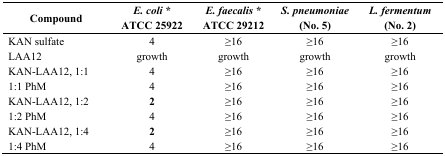
<table><thead><tr><td><b>Compound</b></td><td><b><i>E. coli</i> *ATCC 25922</b></td><td><b><i>E. faecalis</i> *ATCC 29212</b></td><td><b><i>S. pneumoniae</i>(No. 5)</b></td><td><b><i>L. fermentum</i>(No. 2)</b></td></tr></thead><tbody><tr><td>KAN sulfate</td><td>4</td><td>≥16</td><td>≥16</td><td>≥16</td></tr><tr><td>LAA12</td><td>growth</td><td>growth</td><td>growth</td><td>growth</td></tr><tr><td>KAN-LAA12, 1:1</td><td>4</td><td>≥16</td><td>≥16</td><td>≥16</td></tr><tr><td>1:1 PhM</td><td>4</td><td>≥16</td><td>≥16</td><td>≥16</td></tr><tr><td>KAN-LAA12, 1:2</td><td><b>2</b></td><td>≥16</td><td>≥16</td><td>≥16</td></tr><tr><td>1:2 PhM</td><td>4</td><td>≥16</td><td>≥16</td><td>≥16</td></tr><tr><td>KAN-LAA12, 1:4</td><td><b>2</b></td><td>≥16</td><td>≥16</td><td>≥16</td></tr><tr><td>1:4 PhM</td><td>4</td><td>≥16</td><td>≥16</td><td>≥16</td></tr></tbody></table>